Vaccination in Bombay 1869-1873 - 1869-1873
Year: 1869
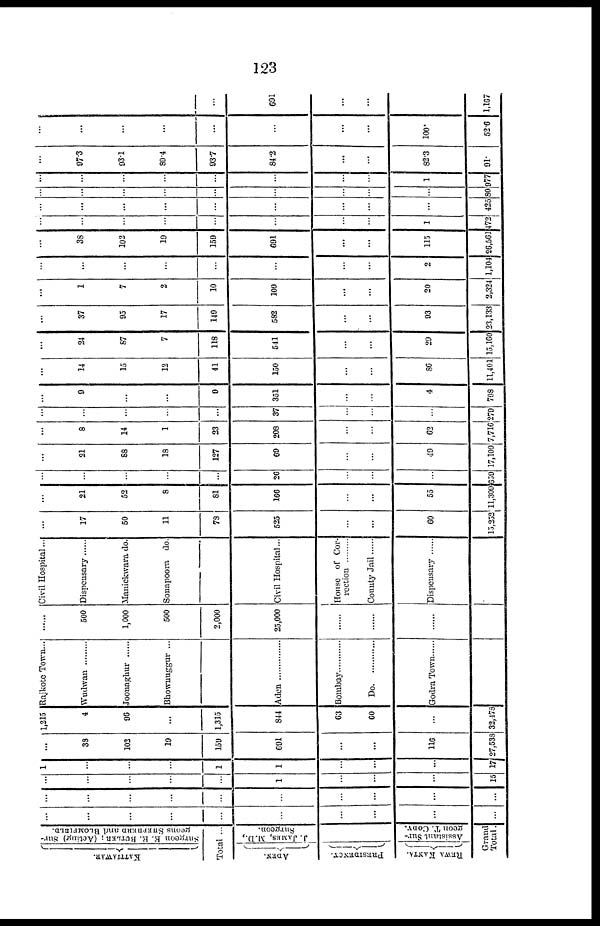
123
KATTIAWAR.
Surgeon E. R. BUTLER; (Acting) Sur¬
geons SHEPHERD and BLOMFIELD.
Total ...
ADEN.
PRESIDENCY.
REWA KANTA.
J. JAMES, M.D.,
Surgeon.
Assistant Sur-
geon T. CODY.
Grand
Total.
...
...
...
...
...
...
...
...
...
...
...
...
...
...
...
...
...
...
...
...
...
...
...
...
...
1
...
...
...
15
1
...
...
...
1
1
...
...
17
...
38
102
10
159
691
...
...
116
27,538
1,215
4
96
...
1,315
844
63
60
...
32,473
Rajkote Town...
Wudwan .........
Joonaghur ......
Bhownuggur ...
Aden ...............
Bombay ...............
Do. ...............
Godra Town ......
......
500
1,000
500
2,000
25,000
......
......
......
Civil Hospital...
Dispensary ......
Manickwara do.
Sonapoora do.
Civil Hospital...
House of Cor¬
rection .........
County Jail ......
Dispensary ......
...
17
50
11
78
525
...
...
60
15,252
...
21
52
8
81
166
...
...
55
11,309
...
...
...
...
...
26
...
...
...
659
...
21
88
18
127
69
...
...
49
17,109
...
8
14
1
23
208
...
...
62
7,716
...
...
...
...
...
37
...
...
...
279
...
9
...
...
9
351
...
...
4
798
14
15
12
41
150
...
...
86
11,401
...
24
87
7
118
541
...
...
29
15,160
...
37
95
17
149
582
...
...
93
23,133
...
1
7
2
10
109
...
...
20
2,324
...
...
...
...
...
...
...
...
2
1,104
...
38
102
19
159
691
...
...
115
26,561
...
...
...
...
...
...
...
...
1
472
...
...
...
...
...
...
...
...
...
425
...
...
...
...
...
...
...
...
...
80
...
...
...
...
...
...
...
...
1
977
...
97.3
93.1
89.4
93.7
84.2
...
...
82.3
91.
...
...
...
...
...
...
...
...
100.
52.6
...
...
...
...
...
691
...
...
...
1,167